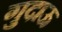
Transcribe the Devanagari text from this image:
गुदाऊ